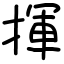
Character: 揮